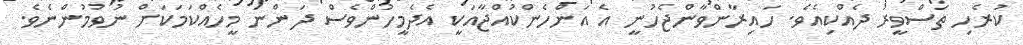
ކުރެހި ތަސްވީރު ދެއްކިއެވެ. ހައިރާންވާންޖެހުނީ އެ އަންހެންކުއްޖާއަކީ އެދެމީހުންވެސް ދަންނަ މީހެއްކަމަކަށް ނުވުމުންނެވެ.